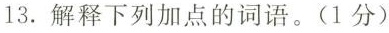
13.解释下列加点的词语。(1分)